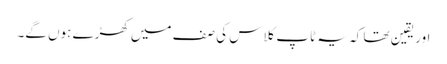
اور یقین تھا کہ یہ ٹاپ کلاس کی صف میں کھڑے ہوں گے۔